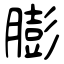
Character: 膨